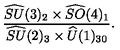
\frac { \widehat { S U } ( 3 ) _ { 2 } \times \widehat { S O } ( 4 ) _ { 1 } } { \widehat { S U } ( 2 ) _ { 3 } \times \widehat { U } ( 1 ) _ { 3 0 } } .